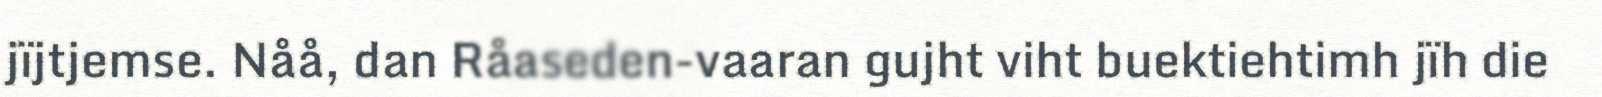
jïjtjemse. Nåå, dan Råaseden-vaaran gujht viht buektiehtimh jïh die